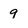
Character: 9